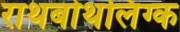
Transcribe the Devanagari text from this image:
राथबोथलिंग्क